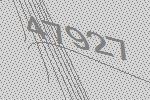
47927